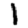
Digit: 1